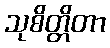
သုစိတ္တိတာ